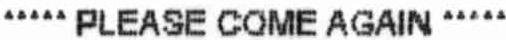
PLEASE COME AGAIN